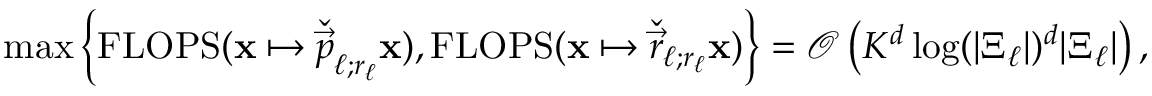
\begin{array} { r } { \operatorname* { m a x } \left\{ \operatorname { F L O P S } ( \boldsymbol { \mathbf { x } } \mapsto \check { \vec { p } } _ { \ell ; r _ { \ell } } \boldsymbol { \mathbf { x } } ) , \operatorname { F L O P S } ( \boldsymbol { \mathbf { x } } \mapsto \check { \vec { r } } _ { \ell ; r _ { \ell } } \boldsymbol { \mathbf { x } } ) \right\} = \mathcal { O } \left( K ^ { d } \log ( | \Xi _ { \ell } | ) ^ { d } | \Xi _ { \ell } | \right) , } \end{array}